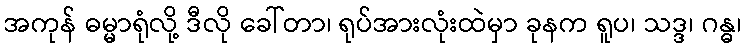
အကုန် ဓမ္မာရုံလို့ ဒီလို ခေါ်တာ၊ ရုပ်အားလုံးထဲမှာ ခုနက ရူပ၊ သဒ္ဒ၊ ဂန္ဓ၊